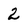
Character: 2